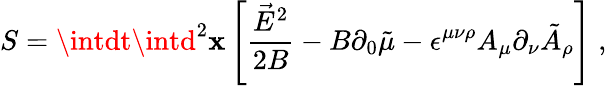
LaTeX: S=\intdt\intd^{2}\mathbf{x}\left[\frac{{\vec{{E}}^{2}}}{{2B}}-B\partial_{0}\tilde{{\mu}}-\epsilon^{\mu\nu\rho}A_{\mu}\partial_{\nu}\tilde{{A}}_{\rho}\right]\; ,